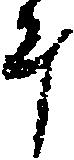
斗